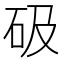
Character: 砐